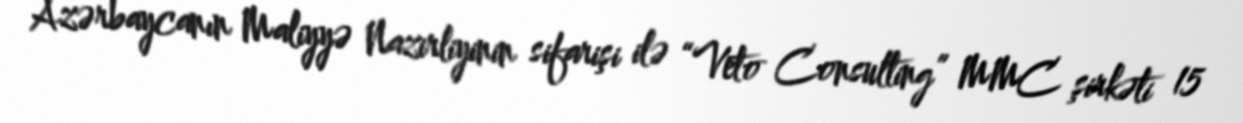
Azərbaycanın Maliyyə Nazirliyinin sifarişi ilə “Veto Consulting” MMC şirkəti 15